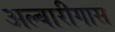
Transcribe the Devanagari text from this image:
अल्बारीगास